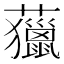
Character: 𧄵